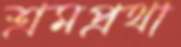
শ্রমপ্রথা